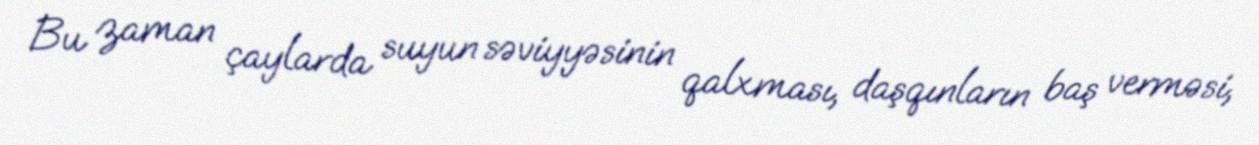
Bu zaman çaylarda suyun səviyyəsinin qalxması, daşqınların baş verməsi,